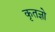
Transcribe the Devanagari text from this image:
कृतज्ञो